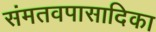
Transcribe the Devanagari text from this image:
संमतवपासादिका